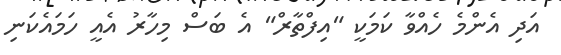
އަދި އެންމެ ހެއްވާ ކަމަކީ "އިފްތާރް" އެ ބަސް މިހާރު އެއީ ހަމައެކަނި